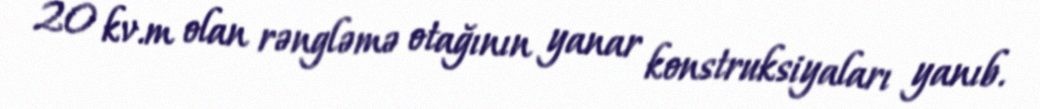
20 kv.m olan rəngləmə otağının yanar konstruksiyaları yanıb.